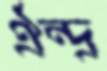
ঐন্দ্র